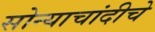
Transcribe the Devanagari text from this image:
सोन्याचांदीचे